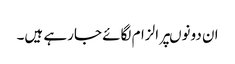
ان دونوںپر الزام لگائے جارہے ہیں۔